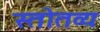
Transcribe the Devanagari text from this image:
स्तोतव्यः